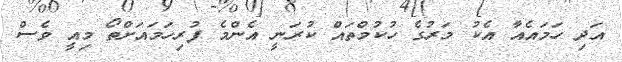
އަދި ހަމައެއާ އެކު މަރުގެ ހުކުމްތައް ކުރަނީ އެންމެ ފުރިހަމައަށްތޯ މިއީ ވެސް